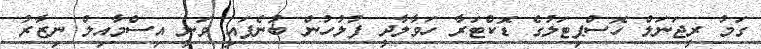
ގަމު ރީޖަނަލް ހޮސްޕިޓަލުގެ ޑޮކްޓަރާ ހަވާލާދީ ފުލުހުން ބުނެފައި ވަނީ އިސްމާއިލް ނިޒާރު